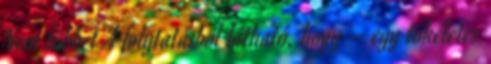
Nem többet A folytatásból látható, hogy – egy tökéletes